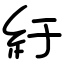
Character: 紆